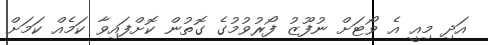
އަދި މިއީ އެ ވޯޓަށް ނުފޫޒު ފޯރުވުމުގެ ގޮތުން ކޮށްފައިވާ ކަމެއް ކަމަށް